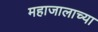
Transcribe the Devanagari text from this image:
महाजालाच्या